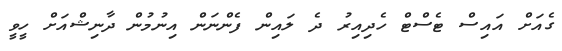
ގެއަށް އައިސް ޓެސްޓް ހެދިއިރު ދެ ލައިން ފެންނަން އިނުމުން ދާނިޝްއަށް ހީވީ